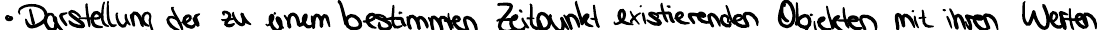
Darstellung der zu einem bestimmten Zeitpunkt existierenden Objekten mit ihren Werten